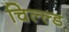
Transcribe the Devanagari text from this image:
चिल्ल्ड